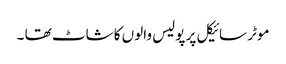
موٹر سائیکل پر پولیس والوں کا شاٹ تھا ۔